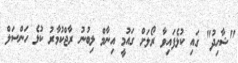
"ޝާހިދު" ގައި ކުޅެފައިވާ ރޯލަށް ގައުމީ އިނާމް ލިބުނު ރާޖްކުމާރު ކުޅެ ހަންސަލް